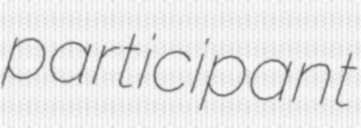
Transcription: participant